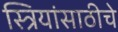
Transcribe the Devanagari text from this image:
स्त्रियांसाठीचे